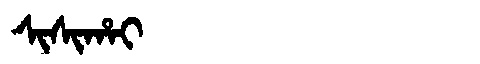
Manchu: ᠰᡳᠰᡳᡥᠠᡳ
Romanization: SISIHAI